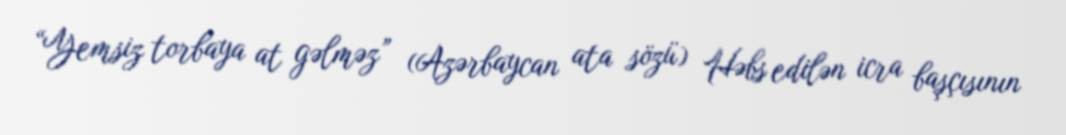
“Yemsiz torbaya at gəlməz” (Azərbaycan ata sözü) Həbs edilən icra başçısının